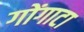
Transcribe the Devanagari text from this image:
गोंगाटा